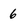
Character: 6